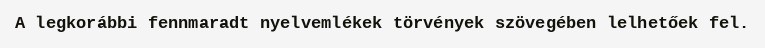
A legkorábbi fennmaradt nyelvemlékek törvények szövegében lelhetőek fel.